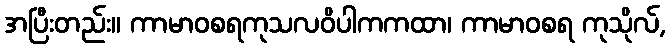
အပြီးတည်း။ ကာမာဝစရကုသလဝိပါကကထာ၊ ကာမာဝစရ ကုသိုလ်,